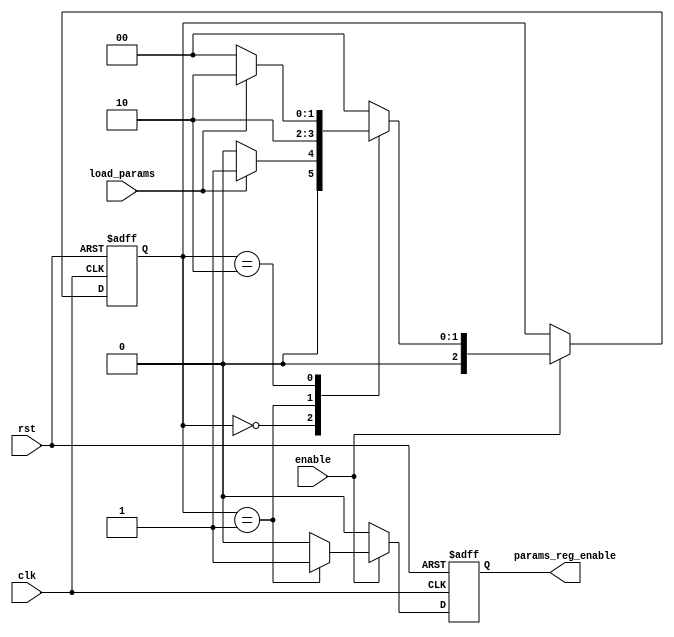
// This program was cloned from: https://github.com/PaolaUniSa/tt6_rsnn_test0
// License: Apache License 2.0

module MemoryCU(
    input wire clk,                 // Clock input
    input wire rst,                 // Asynchronous reset input
    input wire enable,              // Enable signal for FSM control
    input wire load_params,         // Signal to start loading parameters
    output reg params_reg_enable // Control signal for writing to the FIFO
);

// Define FSM states using parameters
parameter IDLE  = 3'b000,
          WRITE = 3'b001,
          WAIT  = 3'b010;

// State registers
reg [2:0] current_state, next_state;

// FSM state transition and output logic
always @(posedge clk or posedge rst) begin
    if (rst) begin
        current_state <= IDLE;
    end else if (enable) begin
        current_state <= next_state;
    end
end

// Next state logic
always @(*) begin
    if (!enable) begin
        next_state = current_state;  // Maintain current state if not enabled
    end else begin
        case (current_state)
            IDLE: begin
                if (load_params) begin
                    next_state = WRITE;
                end else begin
                    next_state = IDLE;
                end
            end
            WRITE: begin
                next_state = WAIT;
            end
            WAIT: begin
                if (!load_params) begin
                    next_state = IDLE;
                end else begin
                    next_state = WAIT;
                end
            end
            default: begin
                next_state = IDLE;
            end
        endcase
    end
end

// Output logic based on the states
always @(posedge clk or posedge rst) begin
    if (rst) begin
        params_reg_enable <= 0;
    end else if (enable) begin
        case (current_state)
            WRITE: begin
                params_reg_enable <= 1;
            end
            WAIT: begin
                params_reg_enable <= 0;
            end
            default: begin
                params_reg_enable <= 0;
            end
        endcase
    end else begin
        params_reg_enable <= 0;  // Ensure params_reg_enable is off when not enabled
    end
end

endmodule